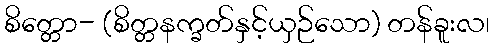
စိတ္တော- (စိတ္တနက္ခတ်နှင့်ယှဉ်သော) တန်ခူးလ၊